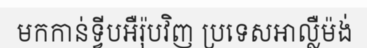
មកកាន់ទ្វីបអឺរ៉ុបវិញ ប្រទេសអាល្លឺម៉ង់